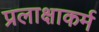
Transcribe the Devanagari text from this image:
प्रलाक्षाकर्म